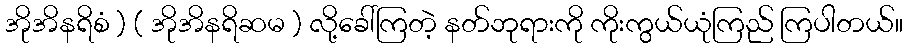
အိုအိနရိစံ ) ( အိုအိနရိဆမ ) လို့ခေါ်ကြတဲ့ နတ်ဘုရားကို ကိုးကွယ်ယုံကြည် ကြပါတယ်။